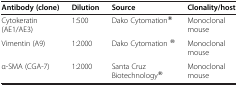
| Antibody (clone) | Dilution | Source | Clonality/host |
 | --- | --- | --- | --- |
 | Cytokeratin (AE1/AE3) | 1:500 | Dako Cytomation® | Monoclonal mouse |
 | Vimentin (A9) | 1:2000 | Dako Cytomation ® | Monoclonal mouse |
 | α-SMA (CGA-7) | 1:2000 | Santa Cruz Biotechnology® | Monoclonal mouse |